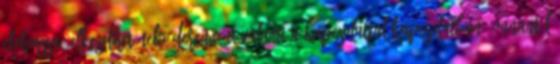
elolvassa, elkezdhet neki derengeni valami a kapcsolattal kapcsolatban, onnantól